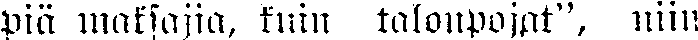
piä maksajia, kuin talonpojat", niin